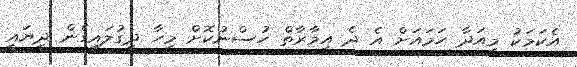
އެކަމަކު މިއަދާ ހަމައަށް އެ ދެ އިމާރާތް ހުސްނުކޮށް މިހާ ދިގުލައިގެން ދިޔައީ